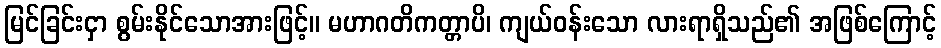
မြင်ခြင်းငှာ စွမ်းနိုင်သောအားဖြင့်။ မဟာဂတိကတ္တာပိ၊ ကျယ်ဝန်းသော လားရာရှိသည်၏ အဖြစ်ကြောင့်